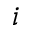
i